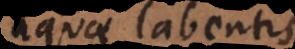
aquae labentis